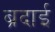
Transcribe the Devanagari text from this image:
ब्रदाई